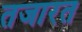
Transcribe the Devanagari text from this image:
तजारत